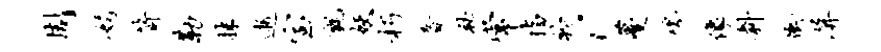
周娟箭勒抹逝室毡妖朽音秘常指衿c蔓嗥像料冲屏